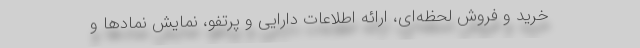
خرید و فروش لحظه‌ای، ارائه اطلاعات دارایی و پرتفو، نمایش نمادها و